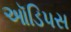
ઑડિપસ